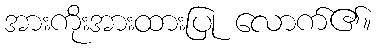
အားကိုးအားထားပြု လောက်၏။